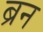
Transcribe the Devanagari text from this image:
ब्रन